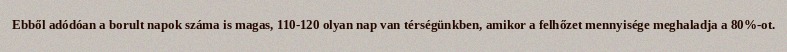
Ebből adódóan a borult napok száma is magas, 110-120 olyan nap van térségünkben, amikor a felhőzet mennyisége meghaladja a 80%-ot.